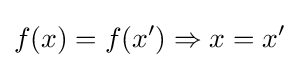
f(x)=f(x')\Rightarrow x=x'